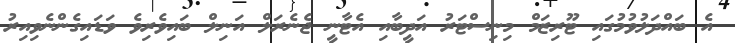
އެ ބައްދަލުވުމުގައި ޓޫރިޒަމް މިނިސްޓަރު އަދީބާއި އެޓާނީ ޖެނެރަލް އަނިލް ބައިވެރިވެ ވަޑައިގެންނެވިއިރު